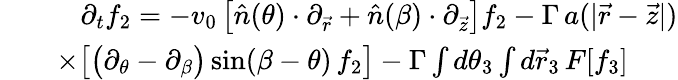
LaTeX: \begin{array}{rlr}&{}&{\partial_{t}f_{2}=-v_{0}\left[\hat{n}(\theta)\cdot\partial_{\vec{r}}+\hat{n}(\beta)\cdot\partial_{\vec{z}}\right]f_{2}-\Gamma\, a(|\vec{r}-\vec{z}|)}\\ &{}&{\times\big[\big(\partial_{\theta}-\partial_{\beta}\big)\, \mathrm{sin}(\beta-\theta)\, f_{2}\big]-\Gamma\int d\theta_{3}\int d\vec{r}_{3}\, F[f_{3}]~~~~~~~}\end{array}